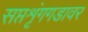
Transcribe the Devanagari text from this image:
सप्तशृंगगडावर